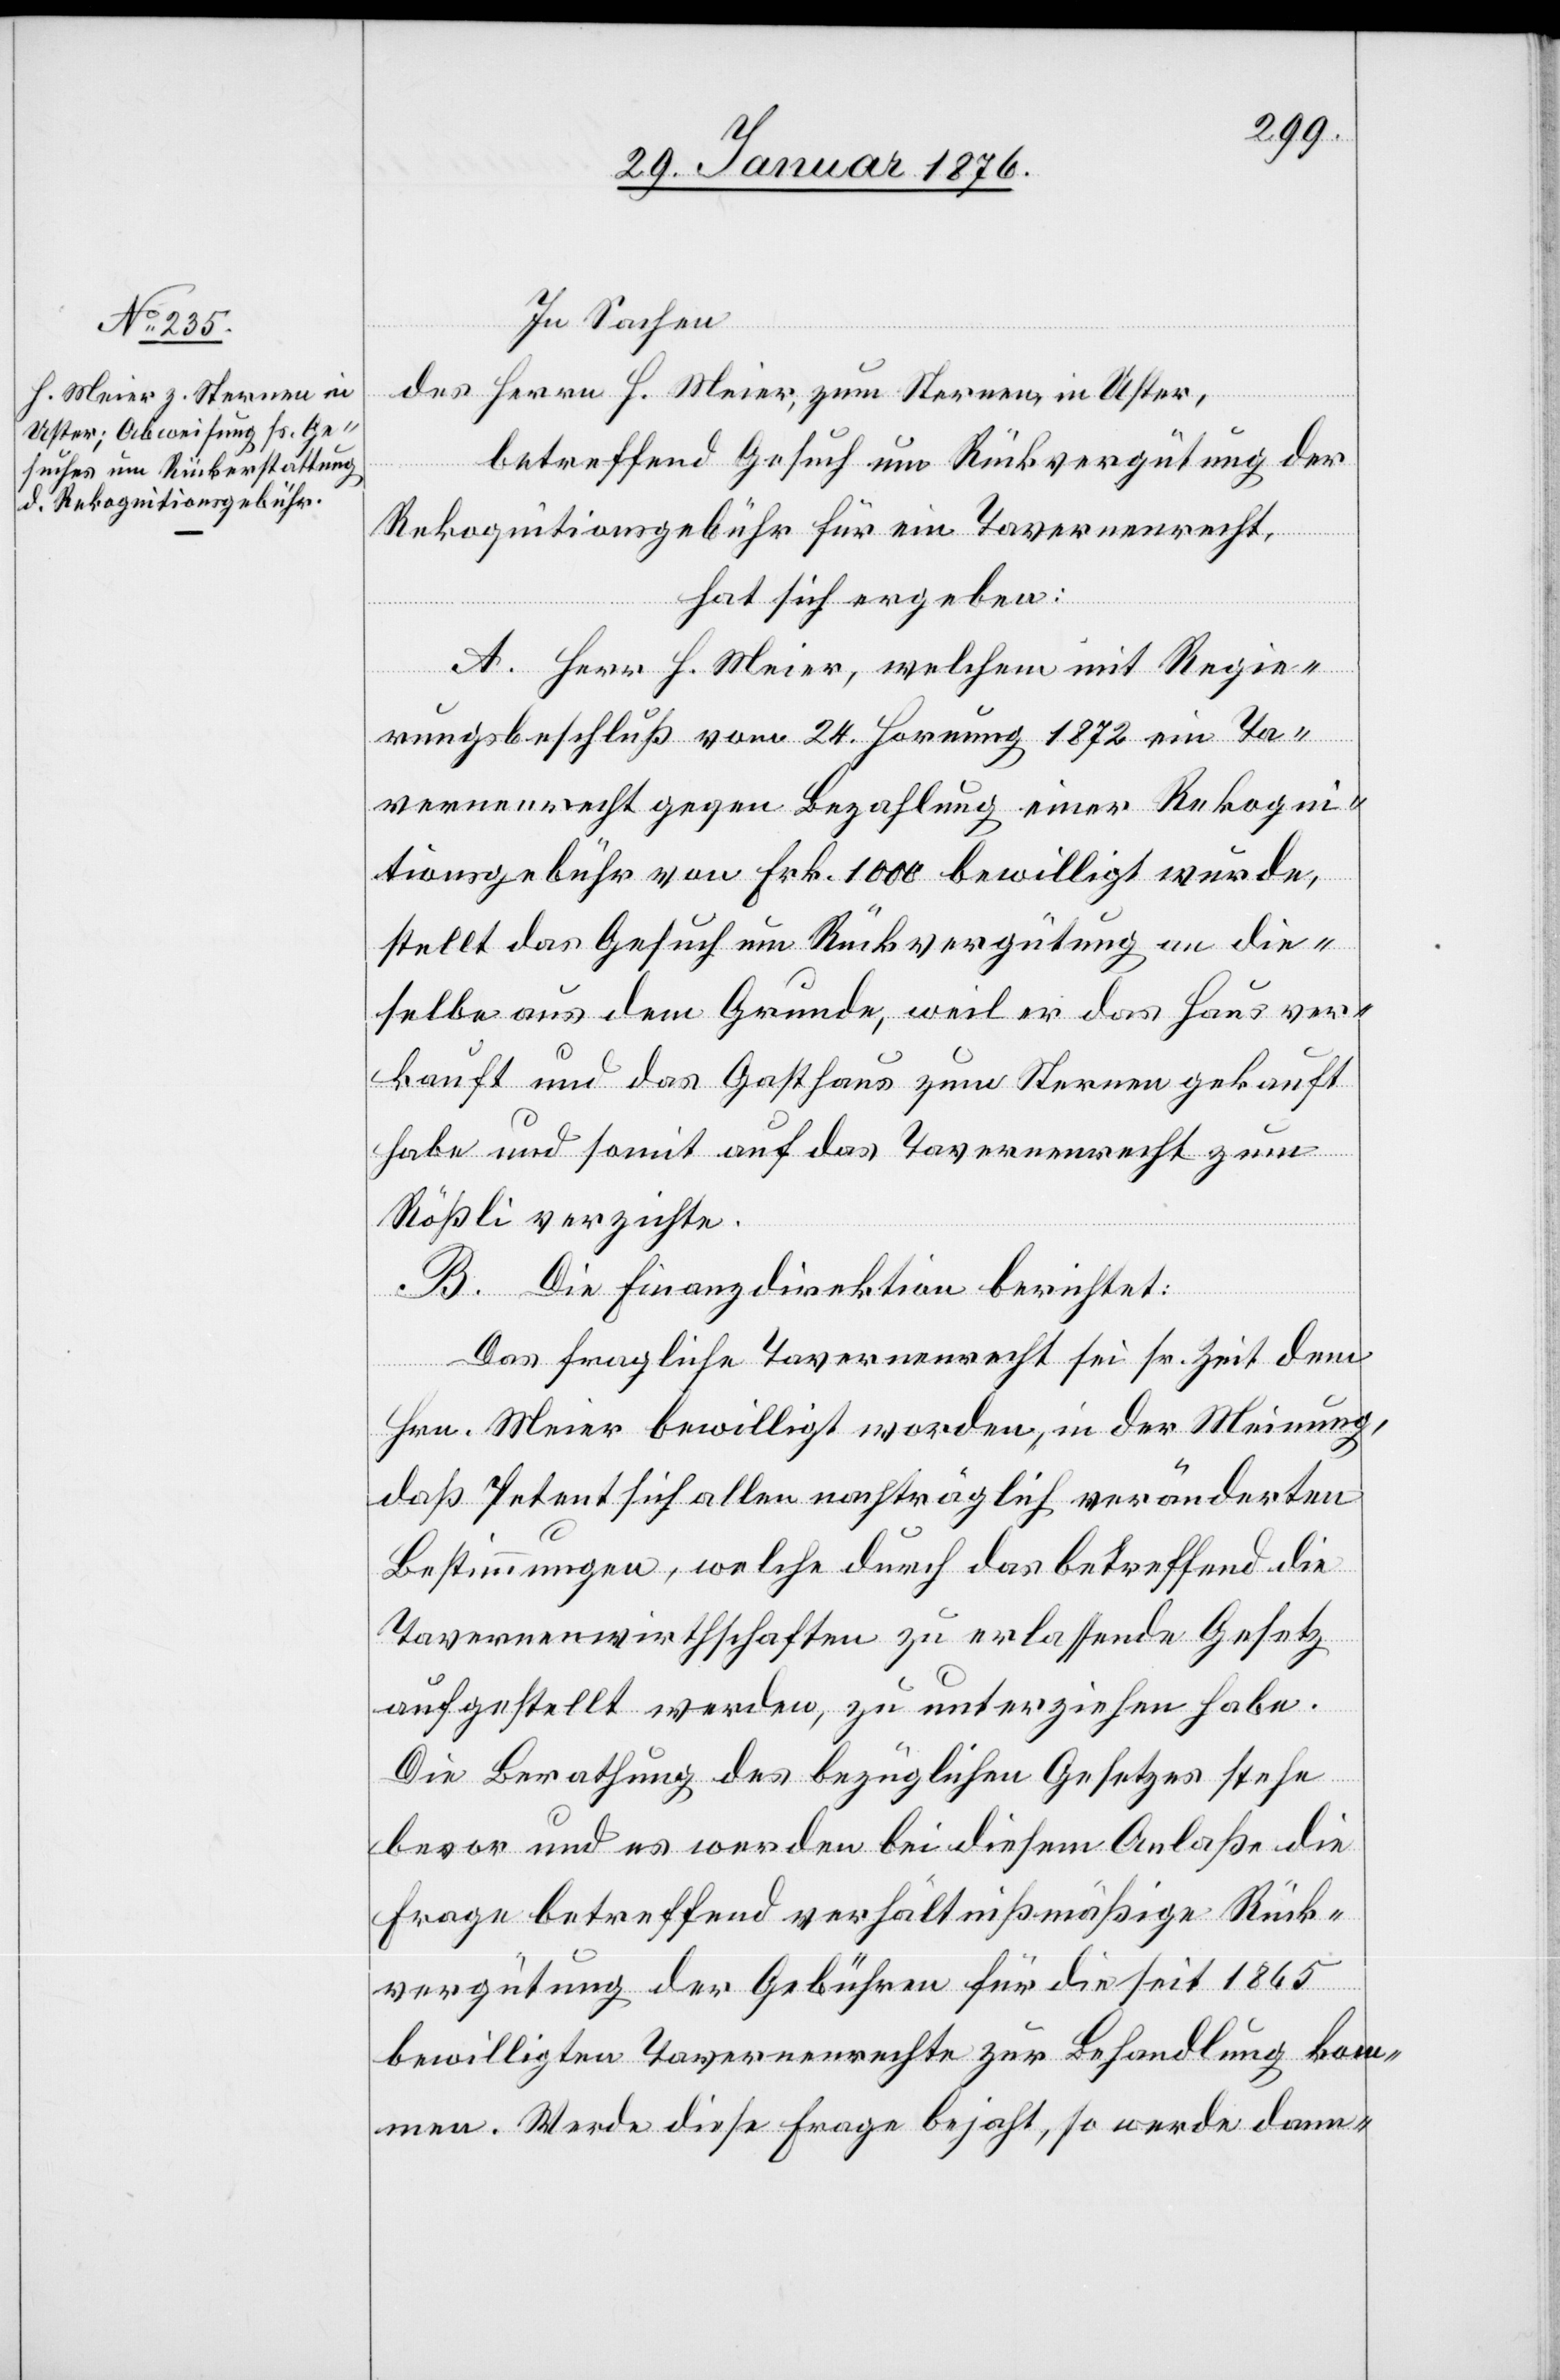
In Sachen
des Herrn H. Meier, zum Sternen, in Uster,
betreffend Gesuch um Rückvergütung der
Rekognitionsgebühr für ein Tavernenrecht,
hat sich ergeben:
A. Herr H. Meier, welchem mit Regie¬
rungsrathsbeschluß vom 24. Hornung 1872 ein Ta¬
vernenrecht gegen Bezahlung einer Rekogn¬
itionsgebühr von Frk. 1000 bewilligt wurde,
stellt das Gesuch um Rückvergütung an die¬
selbe aus dem Grunde, weil er das Haus ver¬
kauft und das Gasthaus zum Sternen gekauft
habe und somit auf das Tavernenrecht zum
Rößli verzichte.
B. Die Finanzdirektion berichtet:
Das fragliche Tavernenrecht sei sr. Zeit dem
Hrn. Meier bewilligt worden, in der Meinung,
daß Petent sich allen nachträglich veränderten
Bestimmungen, welche durch das betreffend die
Tavernenwirthschaften zu erlassende Gesetz
aufgestellt werden, zu unterziehen habe.
Die Berathung des bezüglichen Gesetzes stehe
bevor und es werden [sic!] bei diesem Anlaße die
Frage betreffend verhältnißmäßige Rück¬
vergütung der Gebühren für die seit 1865
bewilligten Tavernenrechte zur Behandlung kom¬
men. Werde diese Frage bejaht, so werde dann-